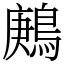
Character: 鶊